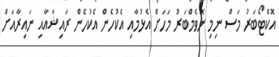
އޮކްޓޯބަރު މަސް ނިމި ނޮވެމްބަރު މަހަށް އެޅުމާއި އެކުހެން އެކުހެން ރައިޝާއާއި ނައިރާއަށް